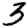
Digit: 3